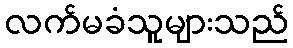
လက်မခံသူများသည်